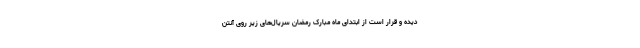
دیده و قرار است از ابتدای ماه مبارک رمضان سریال‌های زیر روی آنتن